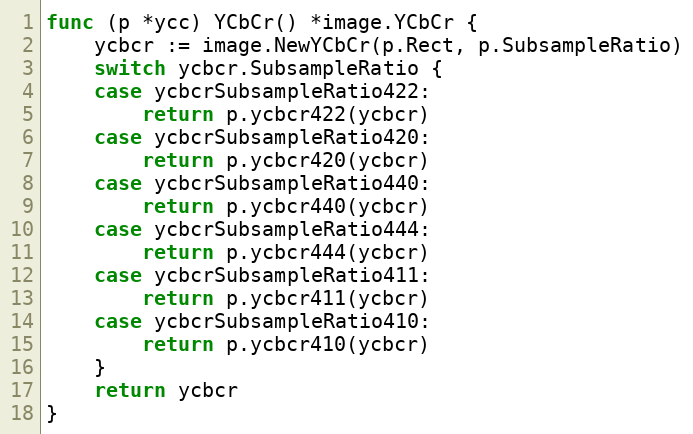
Language: Go
func (p *ycc) YCbCr() *image.YCbCr {
	ycbcr := image.NewYCbCr(p.Rect, p.SubsampleRatio)
	switch ycbcr.SubsampleRatio {
	case ycbcrSubsampleRatio422:
		return p.ycbcr422(ycbcr)
	case ycbcrSubsampleRatio420:
		return p.ycbcr420(ycbcr)
	case ycbcrSubsampleRatio440:
		return p.ycbcr440(ycbcr)
	case ycbcrSubsampleRatio444:
		return p.ycbcr444(ycbcr)
	case ycbcrSubsampleRatio411:
		return p.ycbcr411(ycbcr)
	case ycbcrSubsampleRatio410:
		return p.ycbcr410(ycbcr)
	}
	return ycbcr
}